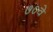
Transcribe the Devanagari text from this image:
७०वे